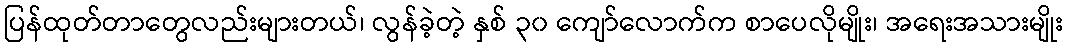
ပြန်ထုတ်တာတွေလည်းများတယ်၊ လွန်ခဲ့တဲ့ နှစ် ၃၀ ကျော်လောက်က စာပေလိုမျိုး၊ အရေးအသားမျိုး